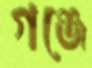
গঞ্জে